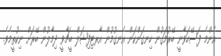
އެންމެ ފަސޭހަވާނީ ބޭރުމަގުން ހިނގަންކަން އެނގުމުން އާރޓިފިޝަލް ބީޗާވީ ދިމާލުން ބޭރަށް ނިކުތީމެވެ.